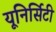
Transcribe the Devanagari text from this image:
यूनिर्सिटी